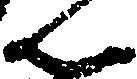
ん